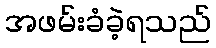
အဖမ်းခံခဲ့ရသည်